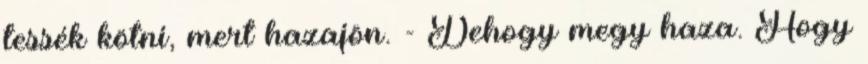
tessék kötni, mert hazajön. - Dehogy megy haza. Hogy